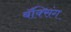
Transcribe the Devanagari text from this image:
बॅक्सिंग